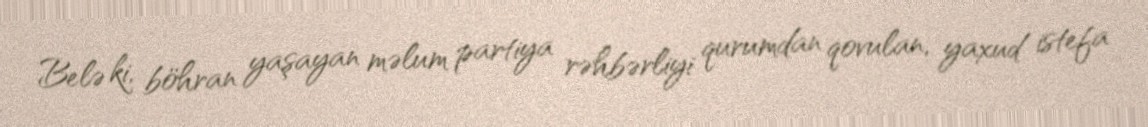
Belə ki, böhran yaşayan məlum partiya rəhbərliyi qurumdan qovulan, yaxud istefa